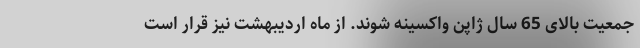
جمعیت بالای 65 سال ژاپن واکسینه شوند. از ماه اردیبهشت نیز قرار است